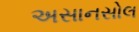
અસાનસોલ